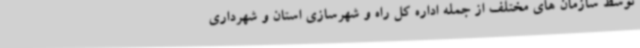
توسط سازمان های مختلف از جمله اداره کل راه و شهرسازی استان و شهرداری